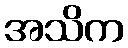
အသိက